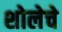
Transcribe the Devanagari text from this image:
शोलेचे